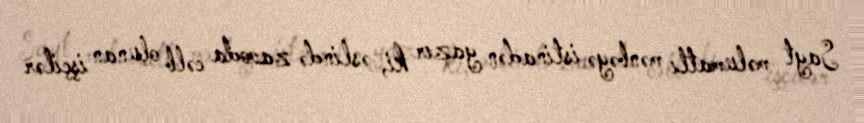
Sayt məlumatlı mənbəyə istinadən yazır ki, əslində zavoda cəlb olunan işçilər